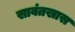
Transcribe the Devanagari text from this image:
सावंतखास